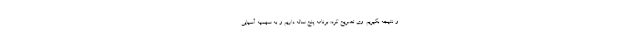
و نتیجه بگیریم. وی تصریح کرد: برنامه پنج ساله داریم و به سهمیه آسیایی